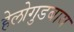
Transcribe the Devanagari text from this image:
हेलोगुडबाय